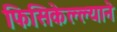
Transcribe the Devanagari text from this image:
फिसिकेल्ल्याने